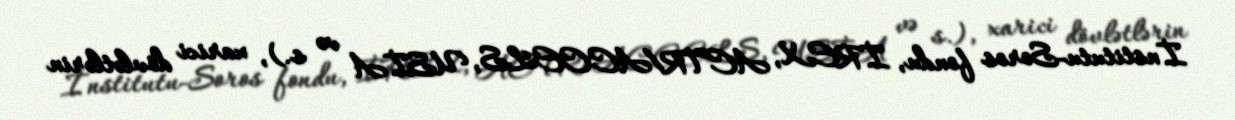
İnstitutu-Soros fondu, İREX, ACTR/ACCELS, USİA və s.), xarici dövlətlərin